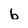
Character: b